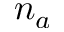
n _ { a }